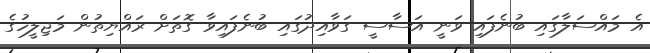
އެ މައްސަލާގައި ބުނެފައި ވަނީ އަސާސީ ގަވާއިދުގައި ބުނެފައިވާ ގޮތަށް ރައްޔިތުން މަޖިލީހުގެ